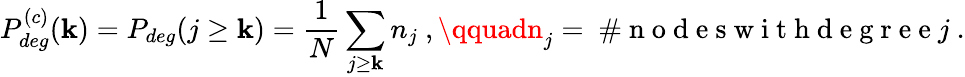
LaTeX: P_{deg}^{(c)}(\mathbf{k})=P_{deg}(j\ge\mathbf{k})=\frac{{1}}{{N}}\sum_{j\ge\mathbf{k}}n_{j}\ ,\qquadn_{j}=\mathrm{{~\# ~n~o~d~e~s~w~i~t~h~d~e~g~r~e~e~}}j\ .